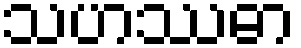
သဟဿဓာ